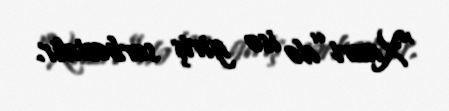
“Xazri”də isə giriş sərbəstdir.